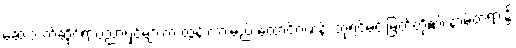
ဆေးဘက်ဆိုင်ရာပညာရှင်များက ထွန်းကားမည် ထောင်ဂဏန်း ဘုရင်မင်းမြတ်တို့၏ နာမ်တရား၌